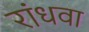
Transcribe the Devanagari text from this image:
रांधवा